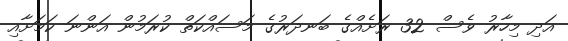
އަދި މިހާރު ވެސް 32 ރަށެއްގެ ބަނދަރުގެ މަސައްކަތް ކުރަމުން އަންނަ ކަމަށާއި